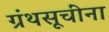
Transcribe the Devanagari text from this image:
ग्रंथसूचींना